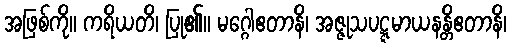
အဖြစ်ကို။ ကရိယတိ၊ ပြု၏။ မဂ္ဂေါဧတာနိ၊ အဇ္ဇုသပဋ္ဋမာယနန္တိဧတာနိ၊